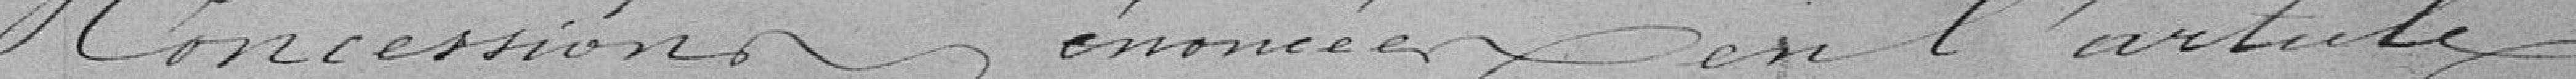
concessions énoncées en l'article